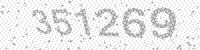
Solution: 351269